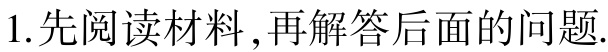
1. 先阅读材料，再解答后面的问题.